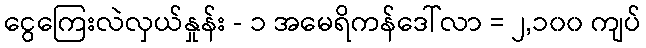
ငွေကြေးလဲလှယ်နှုန်း - ၁ အမေရိကန်ဒေါ်လာ = ၂,၁၀၀ ကျပ်